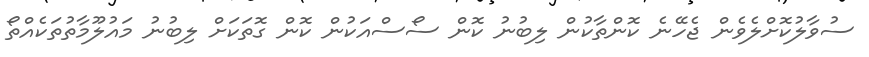
ސުވާލުކޮށްލެވެން ޖެހޭނެ ކޮންތާކުން ލިބުނު ކޮން ސޯސްއަކުން ކޮން ގޮތަކަށް ލިބުނު މައުލޫމާތުތަކެއްތޯ